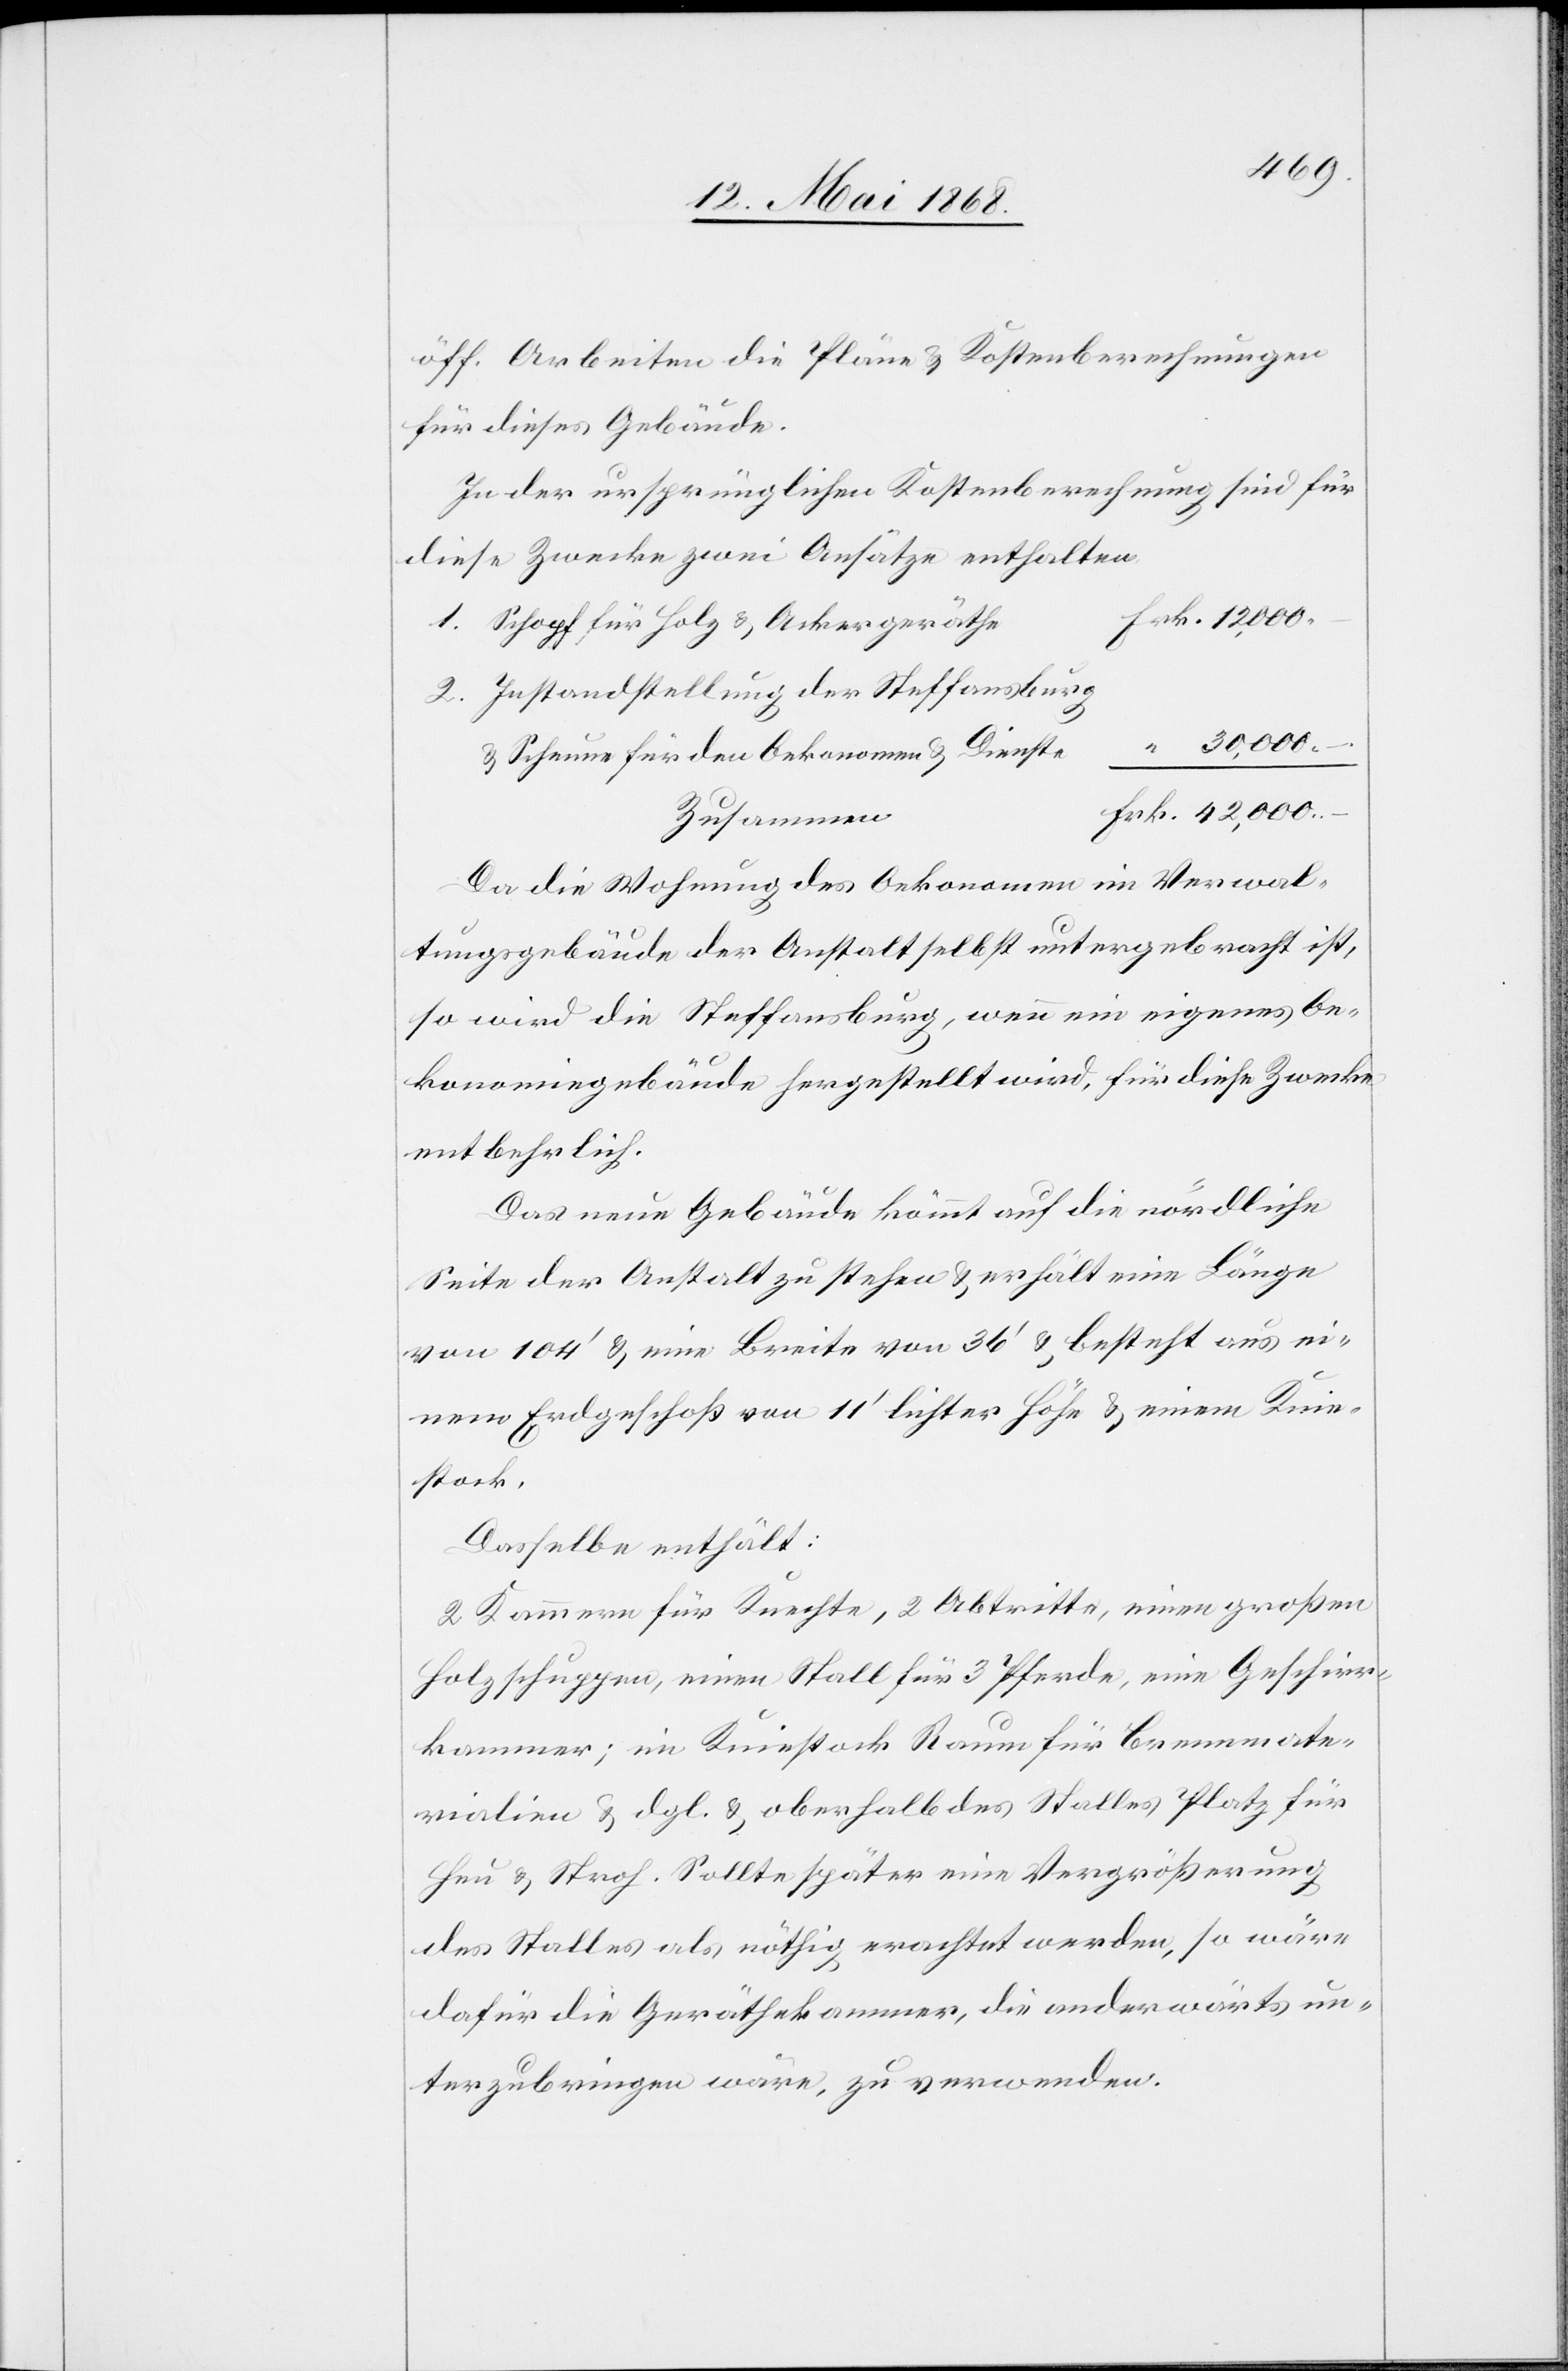
öff. Arbeiten die Pläne & Kostenberechnungen
für dieses Gebäude.
In der ursprünglichen Kostenberechnung sind für
diese Zwecke zwei Ansätze enthalten.
Schopf für Holz & Ackergeräthe
Instandstellung der Steffansburg
“ 30,000.–
& Scheune für den Oekonomen & Dienste
Frk. 42,000.–
Zusammen
Da die Wohnung des Oekonomen im Verwal¬
tungsgebäude der Anstalt selbst untergebracht ist,
so wird die Steffansburg, wenn ein eigenes Oe¬
konomiegebäude hergestellt wird, für diese Zwecke
entbehrlich.
Das neue Gebäude kömmt auf die nördliche
Seite der Anstalt zu stehen & erhält eine Länge
von 104‘ & eine Breite von 36‘ & besteht aus ei¬
nem Erdgeschoß von 11‘ lichter Höhe & einem Knie¬
stock.
Dasselbe enthält:
2 Kammern für Knechte, 2 Abtritte, einen großen
Holzschuppen, einen Stall für 3 Pferde, eine Geschirr¬
kammer; im Kniestock Raum für Brennmate¬
rialien & dgl. & oberhalb des Stalles Platz für
Heu & Stroh. Sollte später eine Vergrößerung
des Stalles als nöthig erachtet werden, so wäre
dafür die Geräthekammer, die anderwärts un¬
terzubringen wäre, zu verwenden.